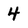
Character: 4